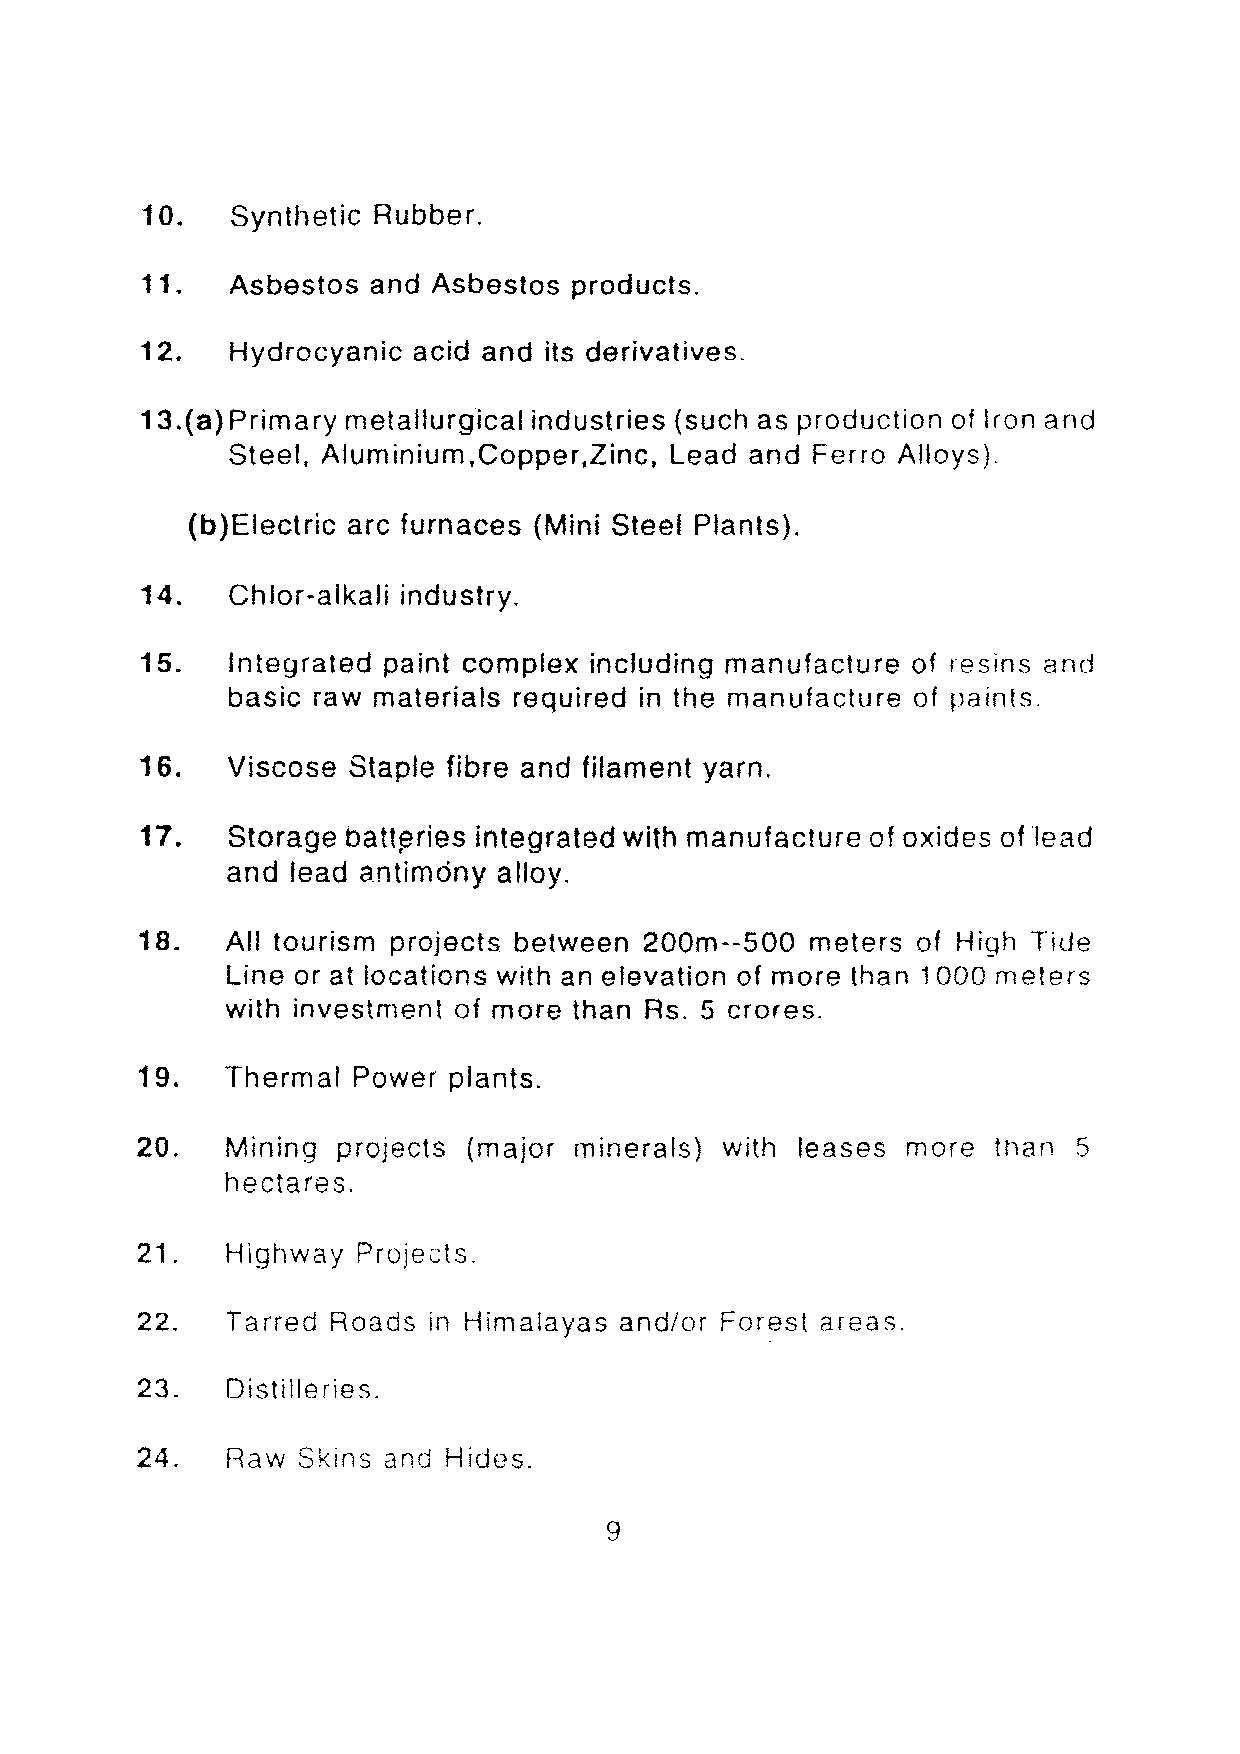
10.   Synthetic Rubber.
 11.   Asbestos and  Asbestos products.
 12.   Hydrocyanic acid and its derivatives.
 13.(a)Primary metallurgical industries (such as production of Iron and
 Steel, Aluminium,Copper,Zinc, Lead and Ferro Alloys).
 (b)Electric arc furnaces (Mini Steel Plants).
 14.   Chlor-alkali industry.
 15.   Integrated paint complex including manufacture of resins and
 basic raw materials required in the manufacture of paints.
 16.   Viscose Staple fibre and filament yarn.
 17.   Storage oatrerles integrated with manufacture of oxides of 'Iead
 and lead antimony alloy.
 18.   All tourism projects between 200m--500 meters of High TiLle
 Line or at locations with an elevation of more than 1000 meters
 with investment of more than Rs. 5 crares.
 19.   Thermal Power  plants.
 20.   Mining projects (major minerals) with leases more  than 5
 hectares.
 21.   Highway  Projects.
 22.   Tarred Roads in Himalayas and/or Forest areas.
 23.   Distilleries.
 24.   Raw  Skins and Hides.
 9